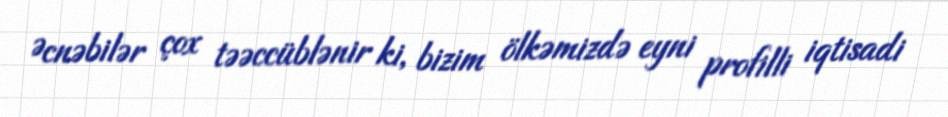
Əcnəbilər çox təəccüblənir ki, bizim ölkəmizdə eyni profilli iqtisadi